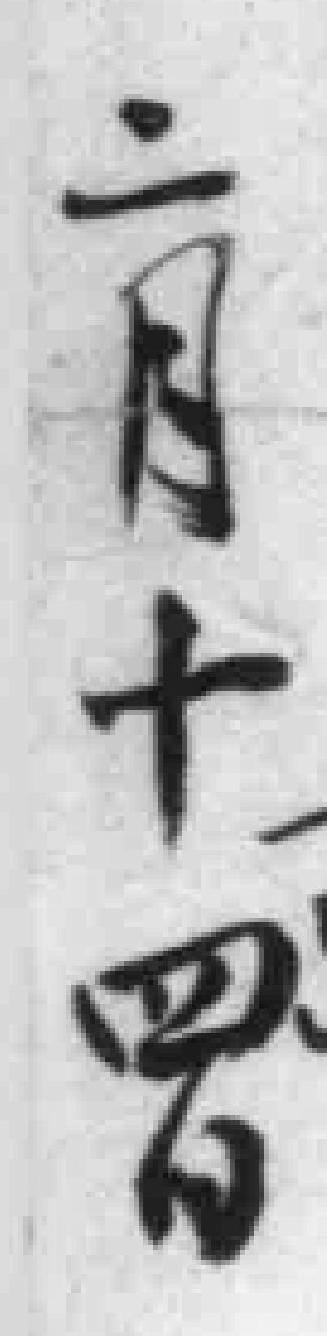
六十罗